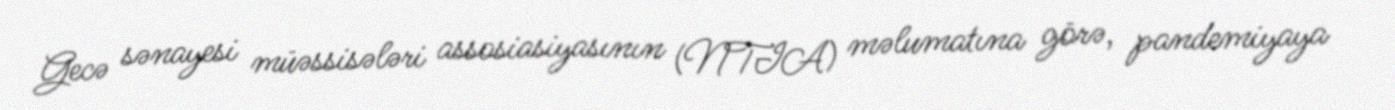
Gecə sənayesi müəssisələri assosiasiyasının (NTIA) məlumatına görə, pandemiyaya